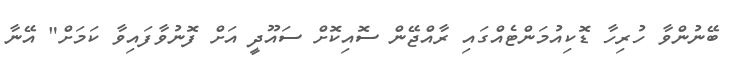
ބޭނުންވާ ހުރިހާ ޑޮކިއުމަންޓެއްގައި ރާއްޖޭން ސޮއިކޮށް ސައޫދީ އަށް ފޮނުވާފައިވާ ކަމަށް" އޭނާ